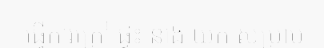
ធ្វើការក្រៅ ផ្ទះ នាង យក សម្រាម